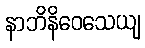
နာဘိနိဝေသေယျ